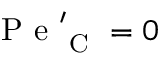
\mathrm { ~ P ~ e ~ } _ { \mathrm { ~ C ~ } } ^ { \prime } = 0